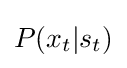
\textstyle P(x_{t}|s_{t})